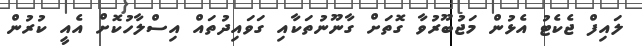
ލައިފް ޖެކެޓު އެޅުން މަޖުބޫރުވާ ގޮތަށް ގާނޫނުތަކާއި ގަވައިދުތައް އިސްލާހުކޮށް އެއީ ކުރުން